Report of an investigation into the causes of the diseases known in Assam as Kála-Azár and Beri-Beri
Disease focus: Beri-Beri
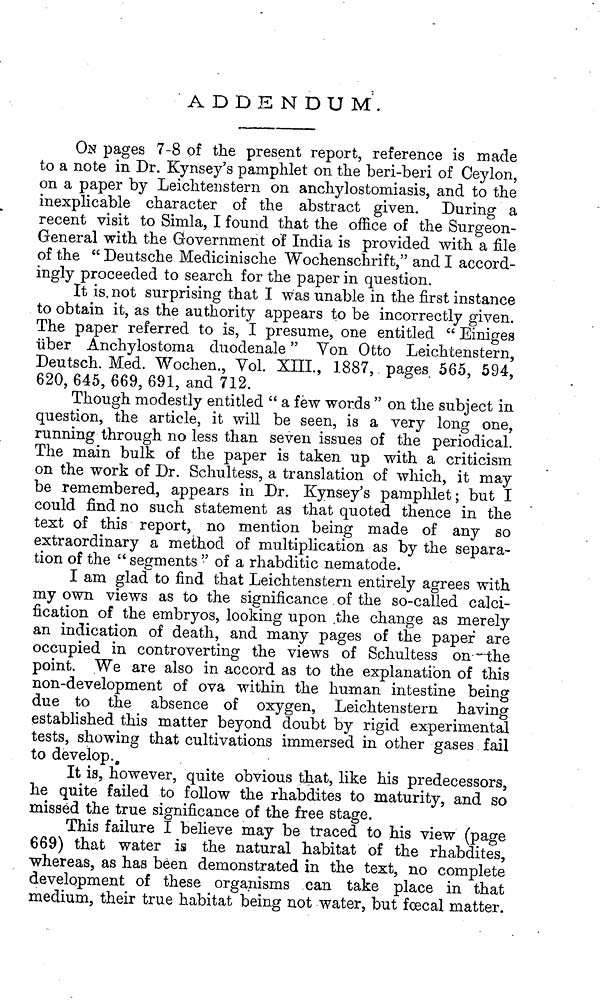
A D DE N DU M.
ON pages 7-8 of the present report, reference is made
to a note in Dr. Kynsey's pamphlet on the beri-beri of Ceylon,
on a paper by Leichtenstern on anchylostomiasis, and to the
inexplicable character of the abstract given. During a
recent visit to Simla, I found that the office of the Surgeon-
General with the Government of India is provided with a file
of the " Deutsche Medicinische Wochenschrift," and I accord-
ingly proceeded to search for the paper in question.
It is not surprising that I was unable in the first instance
to obtain it, as the authority appears to be incorrectly given.
The paper referred to is, I presume, one entitled " Einiges
liber Anchylostoma duodenale" Yon Otto Leichtenstern,
Deutsch. Med. Wochen., Vol. XIII., 1887, pages 565, 594,
620, 645, 669, 691, and 712.
Though modestly entitled " a few words " on the subject in
question, the article, it will be seen, is a very long one,
running through no less than seven issues of the periodical.
The main bulk of the paper is taken up with a criticism
on the work of Dr. Schultess, a translation of which, it may
be remembered, appears in Dr. Kynsey's pamphlet; but I
could find no such statement as that quoted thence in the
text of this report, no mention being made of any so
extraordinary a method of multiplication as by the separa-
tion of the " segments " of a rhabditic nematode.
I am glad to find that Leichtenstern entirely agrees with
my own views as to the significance of the so-called calci-
fication of the embryos, looking upon the change as merely
an indication of death, and many pages of the paper are
occupied in controverting the views of Schultess on the
point. We are also in accord as to the explanation of this
non-development of ova within the human intestine being
due to the absence of oxygen, Leichtenstern having
established this matter beyond doubt by rigid experimental
tests, showing that cultivations immersed in other gases fail
to develop.
It is, however, quite obvious that, like his predecessors,
he quite failed to follow the rhabdites to maturity, and so
missed the true significance of the free stage.
This failure I believe may be traced to his view (page
669) that water is the natural habitat of the rhabdites,
whereas, as has been demonstrated in the text, no complete
development of these organisms can take place in that
medium, their true habitat being not water, but foecal matter.